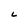
Character: L